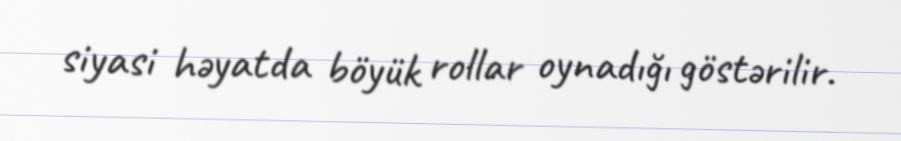
siyasi həyatda böyük rollar oynadığı göstərilir.